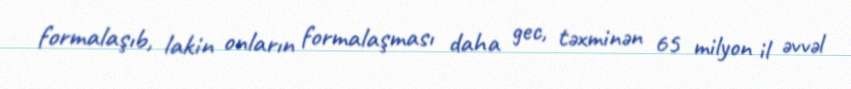
formalaşıb, lakin onların formalaşması daha gec, təxminən 65 milyon il əvvəl